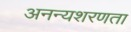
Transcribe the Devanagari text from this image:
अनन्यशरणता